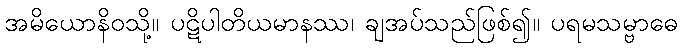
အမိယောနိဝသို့။ ပဋိပါတိယမာနဿ၊ ချအပ်သည်ဖြစ်၍။ ပရမသမ္ဗာဓေ